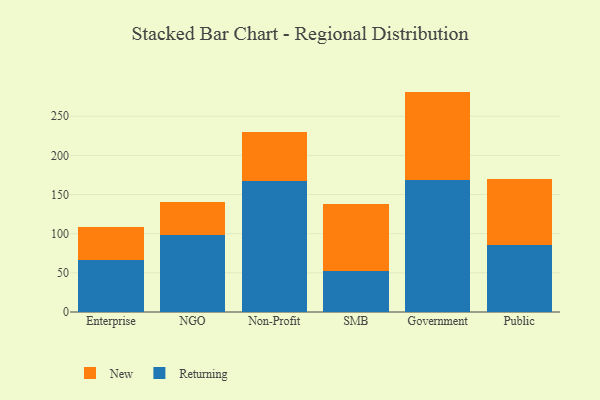
{"axis": {"x": "Segment", "y": "Revenue (USD Million)"}, "legend": ["New", "Returning"], "data": [{"x": "Enterprise", "y": 66.1, "type": "Returning"}, {"x": "Enterprise", "y": 43.1, "type": "New"}, {"x": "NGO", "y": 98.4, "type": "Returning"}, {"x": "NGO", "y": 42.0, "type": "New"}, {"x": "Non-Profit", "y": 166.8, "type": "Returning"}, {"x": "Non-Profit", "y": 62.8, "type": "New"}, {"x": "SMB", "y": 52.2, "type": "Returning"}, {"x": "SMB", "y": 85.2, "type": "New"}, {"x": "Government", "y": 169.1, "type": "Returning"}, {"x": "Government", "y": 112.4, "type": "New"}, {"x": "Public", "y": 86.2, "type": "Returning"}, {"x": "Public", "y": 84.2, "type": "New"}]}